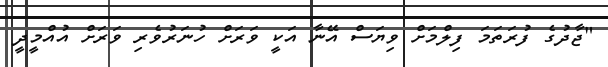
"ޖާދުގެ ފުރަތަމަ ފިލްމަށް ވިޔަސް އޭނާ އަކީ ވަރަށް ހުނަރުވެރި ވަރަށް އުއްމީދީ